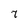
Character: 7